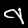
Label: 9